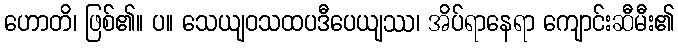
ဟောတိ၊ ဖြစ်၏။ ပ။ သေယျဝသထပဒီပေယျဿ၊ အိပ်ရာနေရာ ကျောင်းဆီမီး၏